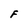
Character: F